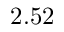
2 . 5 2